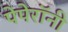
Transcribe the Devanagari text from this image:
पेपेरॉनी